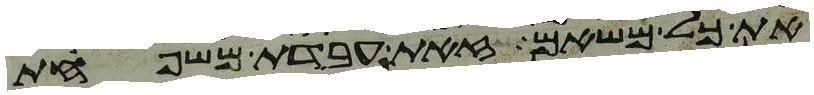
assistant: את כל משאם זאת עבדת משפחת